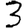
Digit: 3